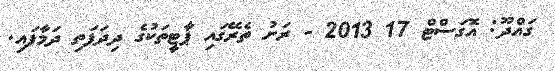
ގައްދޫ: އޮގަސްޓް 17 2013 - ރަށު ތެރޭގައި ޕާޓީތަކުގެ ދިދަފަތި ދަމާފައި.